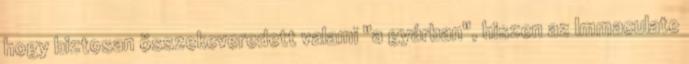
hogy biztosan összekeveredett valami "a gyárban", hiszen az Immaculate